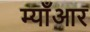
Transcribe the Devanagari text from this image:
म्याँआर